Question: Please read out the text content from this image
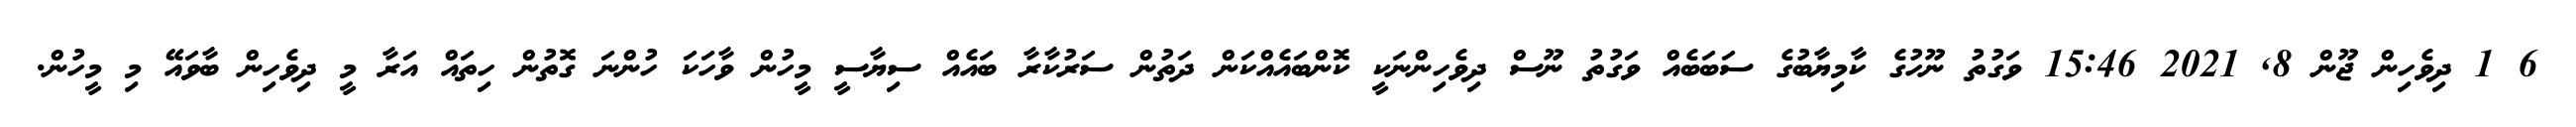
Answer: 6 1 ދިވެހިން ޖޫން 8, 2021 15:46 ވަގުތު ނޫހުގެ ކާމިޔާބުގެ ސަބަބެއް ވަގުތު ނޫސް ދިވެހިންނަކީ ކޮންބައެއްކަން ދަތުން ސަރުކާރާ ބައެއް ސިޔާސީ މީހުން ވާހަކަ ހުންނަ ގޮތުން ހިތައް އަރާ މީ ދިވެހިން ބާވައޭ މި މީހުން.